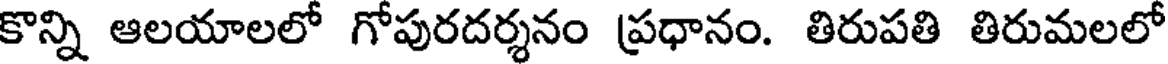
కొన్ని ఆలయాలలో గోపురదర్శనం ప్రధానం. తిరుపతి తిరుమలలో